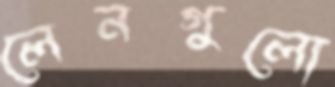
লেনগুলো